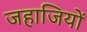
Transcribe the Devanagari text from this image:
जहाजियों